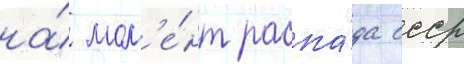
на́ мом'е́нт распа́да ссср